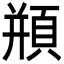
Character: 頩